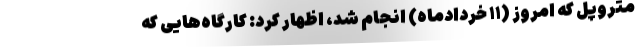
متروپل که امروز (۱۱ خردادماه) انجام شد، اظهار کرد: کارگاه‌هایی که